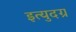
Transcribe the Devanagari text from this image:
इत्युदग्र